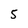
Character: 5